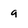
Character: 9